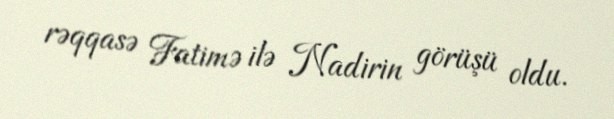
rəqqasə Fatimə ilə Nadirin görüşü oldu.